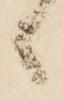
候